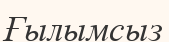
Ғылымсыз